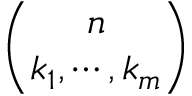
\binom { n } { k _ { 1 } , \cdots , k _ { m } }